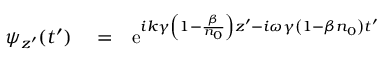
\begin{array} { r l r } { \psi _ { z ^ { \prime } } ( t ^ { \prime } ) } & { { } = } & { \mathrm { e } ^ { i k \gamma \left( 1 - \frac { \beta } { n _ { 0 } } \right) z ^ { \prime } - i \omega \gamma \left( 1 - \beta n _ { 0 } \right) t ^ { \prime } } } \end{array}